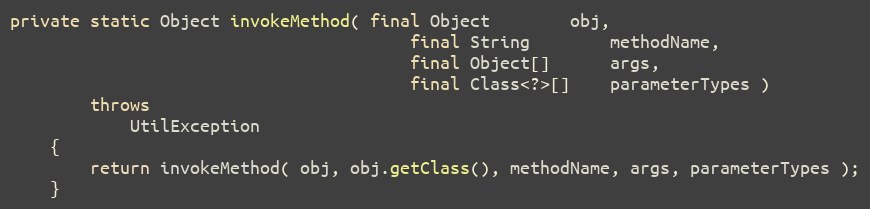
Language: Java
private static Object invokeMethod( final Object        obj,
                                        final String        methodName,
                                        final Object[]      args,
                                        final Class<?>[]    parameterTypes )
        throws
            UtilException
    {
        return invokeMethod( obj, obj.getClass(), methodName, args, parameterTypes );
    }